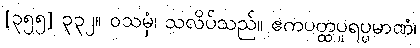
[၃၅၅] ၃၃၂။ ဝသမှံ၊ သလိပ်သည်။ ဧကပတ္ထပူရပ္ပမာဏံ၊